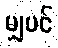
မျှပင်